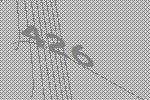
426